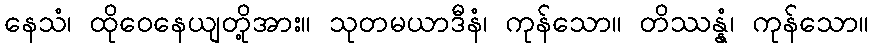
နေသံ၊ ထိုဝေနေယျတို့အား။ သုတမယာဒီနံ၊ ကုန်သော။ တိဿန္နံ၊ ကုန်သော။